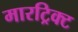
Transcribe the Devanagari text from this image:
मारट्रिक्ट